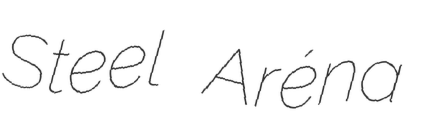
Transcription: Steel Aréna